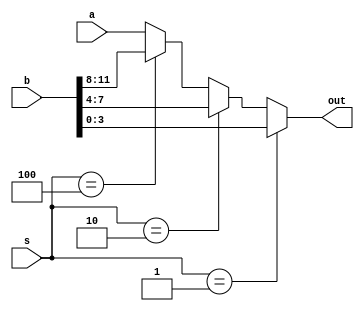
module pmux( a, b, s, out);

	input [3:0] a;
	input [11:0] b;
	input [2:0] s;
	output [3:0] out;
	//reg [3:0] out;
	wire [3:0] out;
	
	assign out = s==3'b001 ? b[3:0] : s==3'b010 ? b[7:4] : s==3'b100 ? b[11:8] : a;

	// always@(*)
	// begin
	// 	case (s)
	// 		3'b000 : out <= a;
	// 		3'b001 : out <= b[3:0];
	// 		3'b010 : out <= b[7:4];
	// 		3'b100 : out <= b[11:8];
	// 	endcase
	// end

	//assign out1 = out;

endmodule